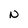
Character: N